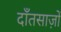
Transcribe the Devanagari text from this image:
दाँतसाज़ों